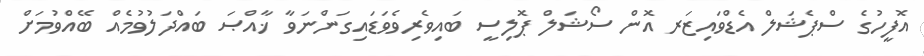
އޮފީހުގެ ސްޕެޝަލް އެޑްވައިޒަރ އޮން ސޯޝަލް ޕޮލިސީ ބައިވެރިވެވަޑައިގަންނަވާ ޚާއްޞަ ބައްދަލުވުމެއް ބޭއްވުމަށް